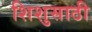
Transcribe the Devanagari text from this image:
शिशुसाठी